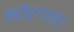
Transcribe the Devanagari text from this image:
महोरगान्।